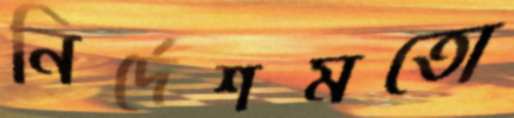
নির্দেশমতো